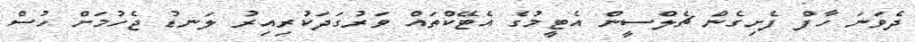
ދެވަނަ ހާފް ފެށިގެން ޗެލްސީން އެޓީމުގެ އެޓޭކްތައް ވަރުގަދަކުރިއިރު ލަނޑު ޖެހުމަށް ހުސް